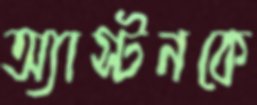
অ্যাস্টনকে